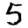
Digit: 5